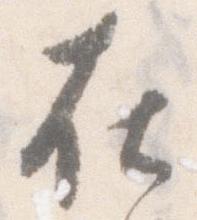
在